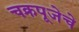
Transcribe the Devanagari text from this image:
चक्रपूजेचे